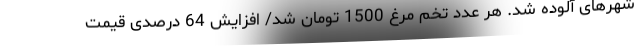
شهرهای آلوده شد. هر عدد تخم مرغ 1500 تومان شد/ افزایش 64 درصدی قیمت